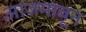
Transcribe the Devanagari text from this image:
आजमावून